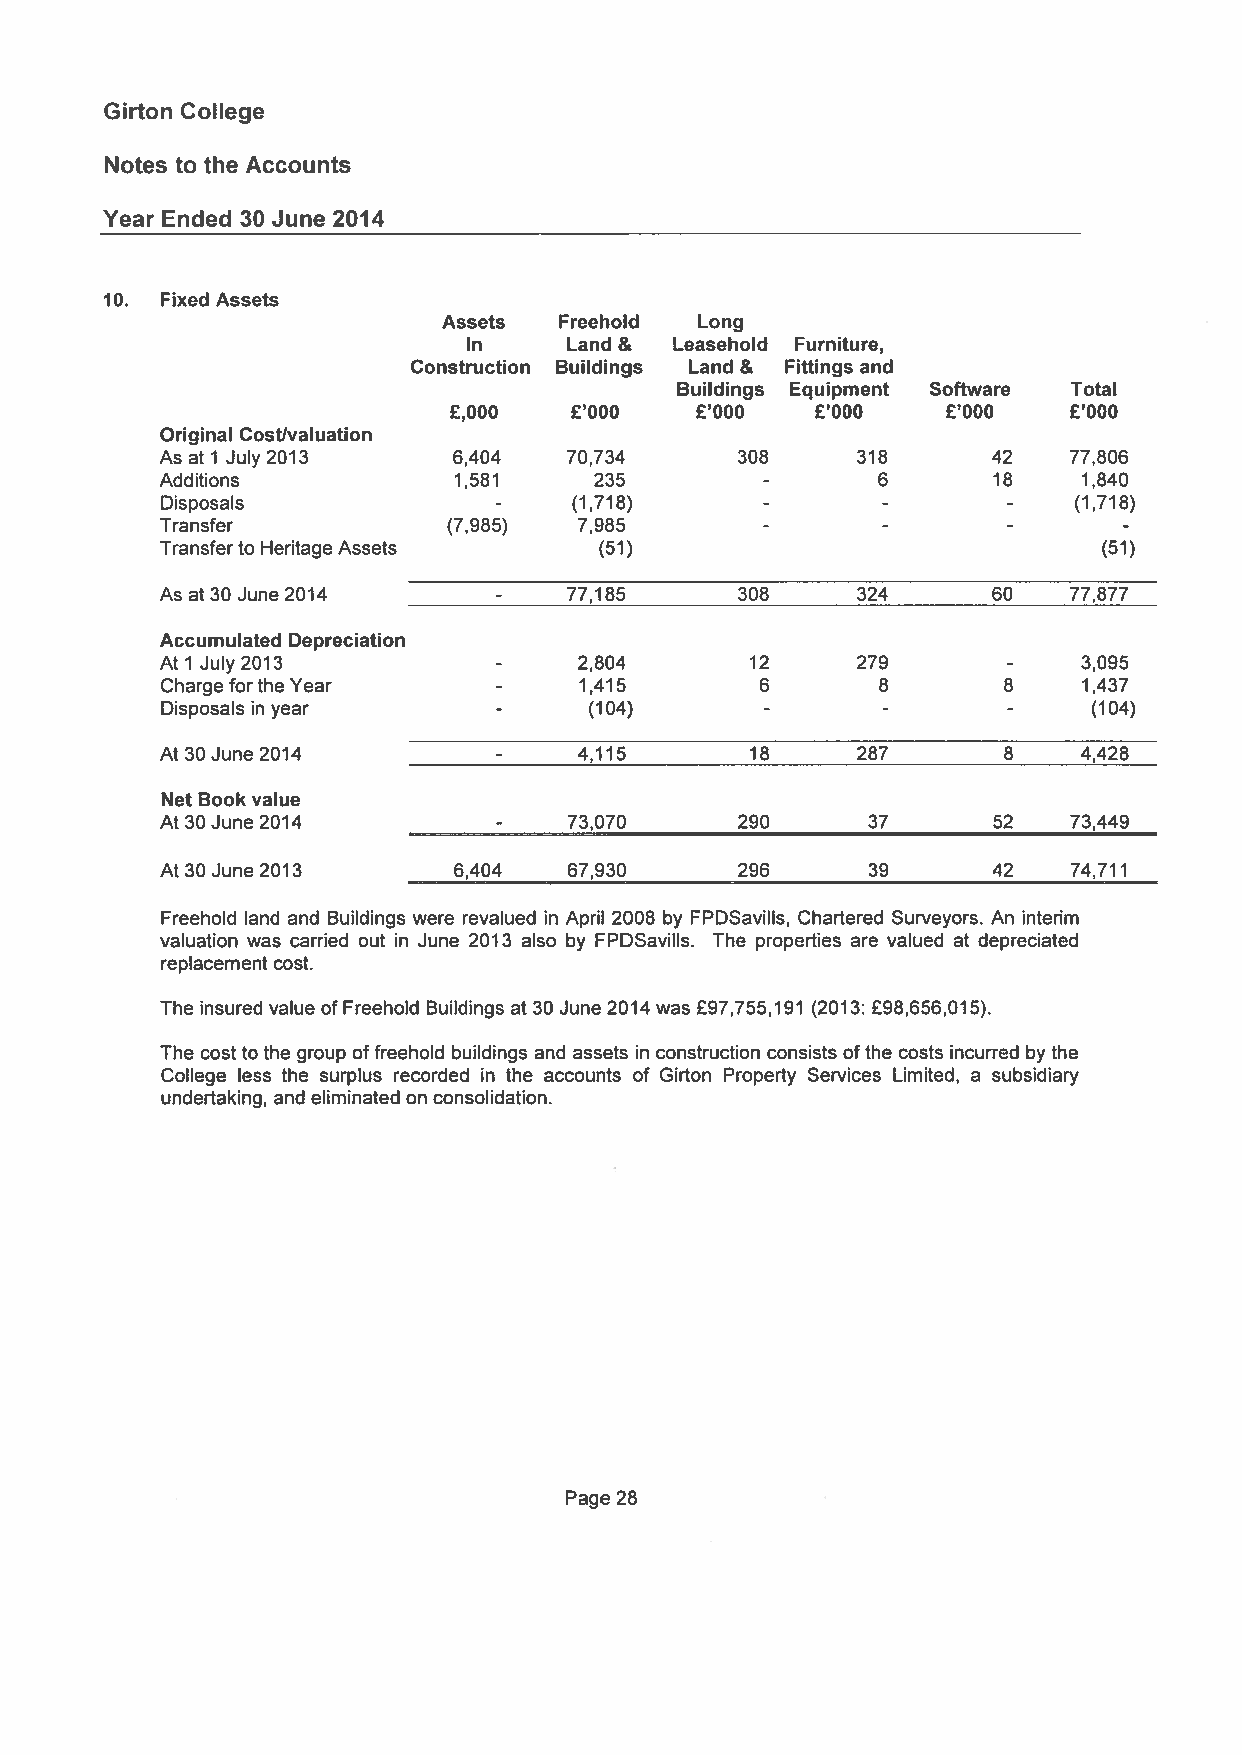
________________________________________________________________________________________________________________________________________________________________________________________________________________________________________________________________________________
 Girton College
 Notes to the Accounts
 Year Ended 30 June 2014
 10. Fixed Assets
 Assets  Freehold Long
 In     Land & Leasehold Furniture,
 Construction Buildings Land & Fillings and
 Buildings Equipment Software Total
 £,000   £‘OOO   £‘OOO   £‘OOO    £‘OOO   £‘OOO
 Original Costlvaluation
 As at 1 July 2013  6,404   70,734     308     318      42   77,806
 Additions          1,581    235                6       18    1,840
 -
 Disposals                  (1,718)                          (1,718)
 -       -        -
 Transfer           (7,985) 7,985
 -       -        -      -
 Transferto Heritage Assets   (51)                             (51)
 77,185     308     324      60   77,877
 As at 30 June 2014    -
 Accumulated Depreciation
 AtlJuly2Ol3                2,804       12     279            3,095
 -                                 -
 Charge forthe Year         1,415       6       8       8     1,437
 -
 Disposals in year           (104)                            (104)
 -                                 -
 At 30 June 2014            4,115       18     287      8     4,428
 -
 Net Book value
 At 30 June 2014            73,070     290     37       52   73,449
 -
 At 30 June 2013    6,404   67,930     296     39       42   74,711
 Freehold land and Buildings were revalued in April 2008 by FPDSavills, Chartered Surveyors. An interim
 valuation was carried out in June 2013 also by FPDSavills. The properties are valued at depreciated
 replacement cost.
 The insured value of Freehold Buildings at 30 June 2014 was £97,755,191 (2013: £98,656,015).
 The cost to the group offreehold buildings and assets in construction consists ofthe costs incurred by the
 College less the surplus recorded in the accounts of Girton Property Services Limited, a subsidiary
 undertaking, and eliminated on consolidation.
 Page 28